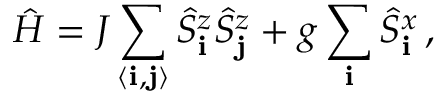
\hat { H } = J \sum _ { \langle { \bf i } , { \bf j } \rangle } \hat { S } _ { \bf i } ^ { z } \hat { S } _ { \bf j } ^ { z } + g \sum _ { \bf i } \hat { S } _ { \bf i } ^ { x } \, ,